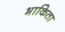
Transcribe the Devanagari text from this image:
भाकिता